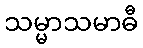
သမ္မာသမာဓီ